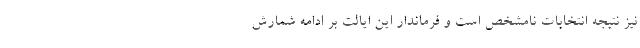
نیز نتیجه انتخابات نامشخص است و فرماندار این ایالت بر ادامه شمارش